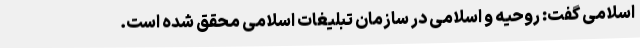
اسلامی گفت: روحیه و اسلامی در سازمان تبلیغات اسلامی محقق شده است.